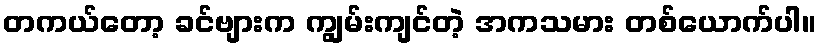
တကယ်တော့ ခင်ဗျားက ကျွမ်းကျင်တဲ့ အကသမား တစ်ယောက်ပါ။